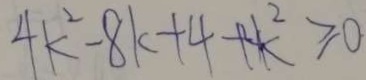
4 k ^ { 2 } - 8 k + 4 + 4 k ^ { 2 } \geq 0